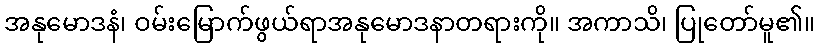
အနုမောဒနံ၊ ဝမ်းမြောက်ဖွယ်ရာအနုမောဒနာတရားကို။ အကာသိ၊ ပြုတော်မူ၏။